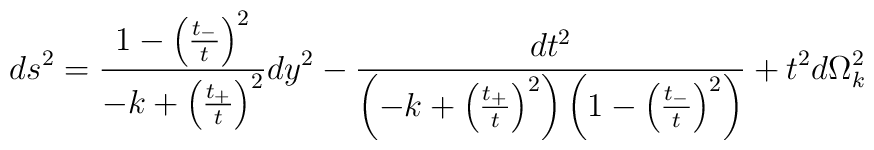
ds^2 = \frac{1-\left( \frac{t_-}{t}\right)^2}{-k+\left(\frac{t_+}      {t}\right)^2}dy^2 - \frac{dt^2}{\left(-k+\left(\frac{t_+}{t}\right)^2\right)\left(1 -\left(\frac{t_-}{t}\right)^2\right)}+t^2 d\Omega_k^2